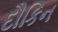
દૌકિન